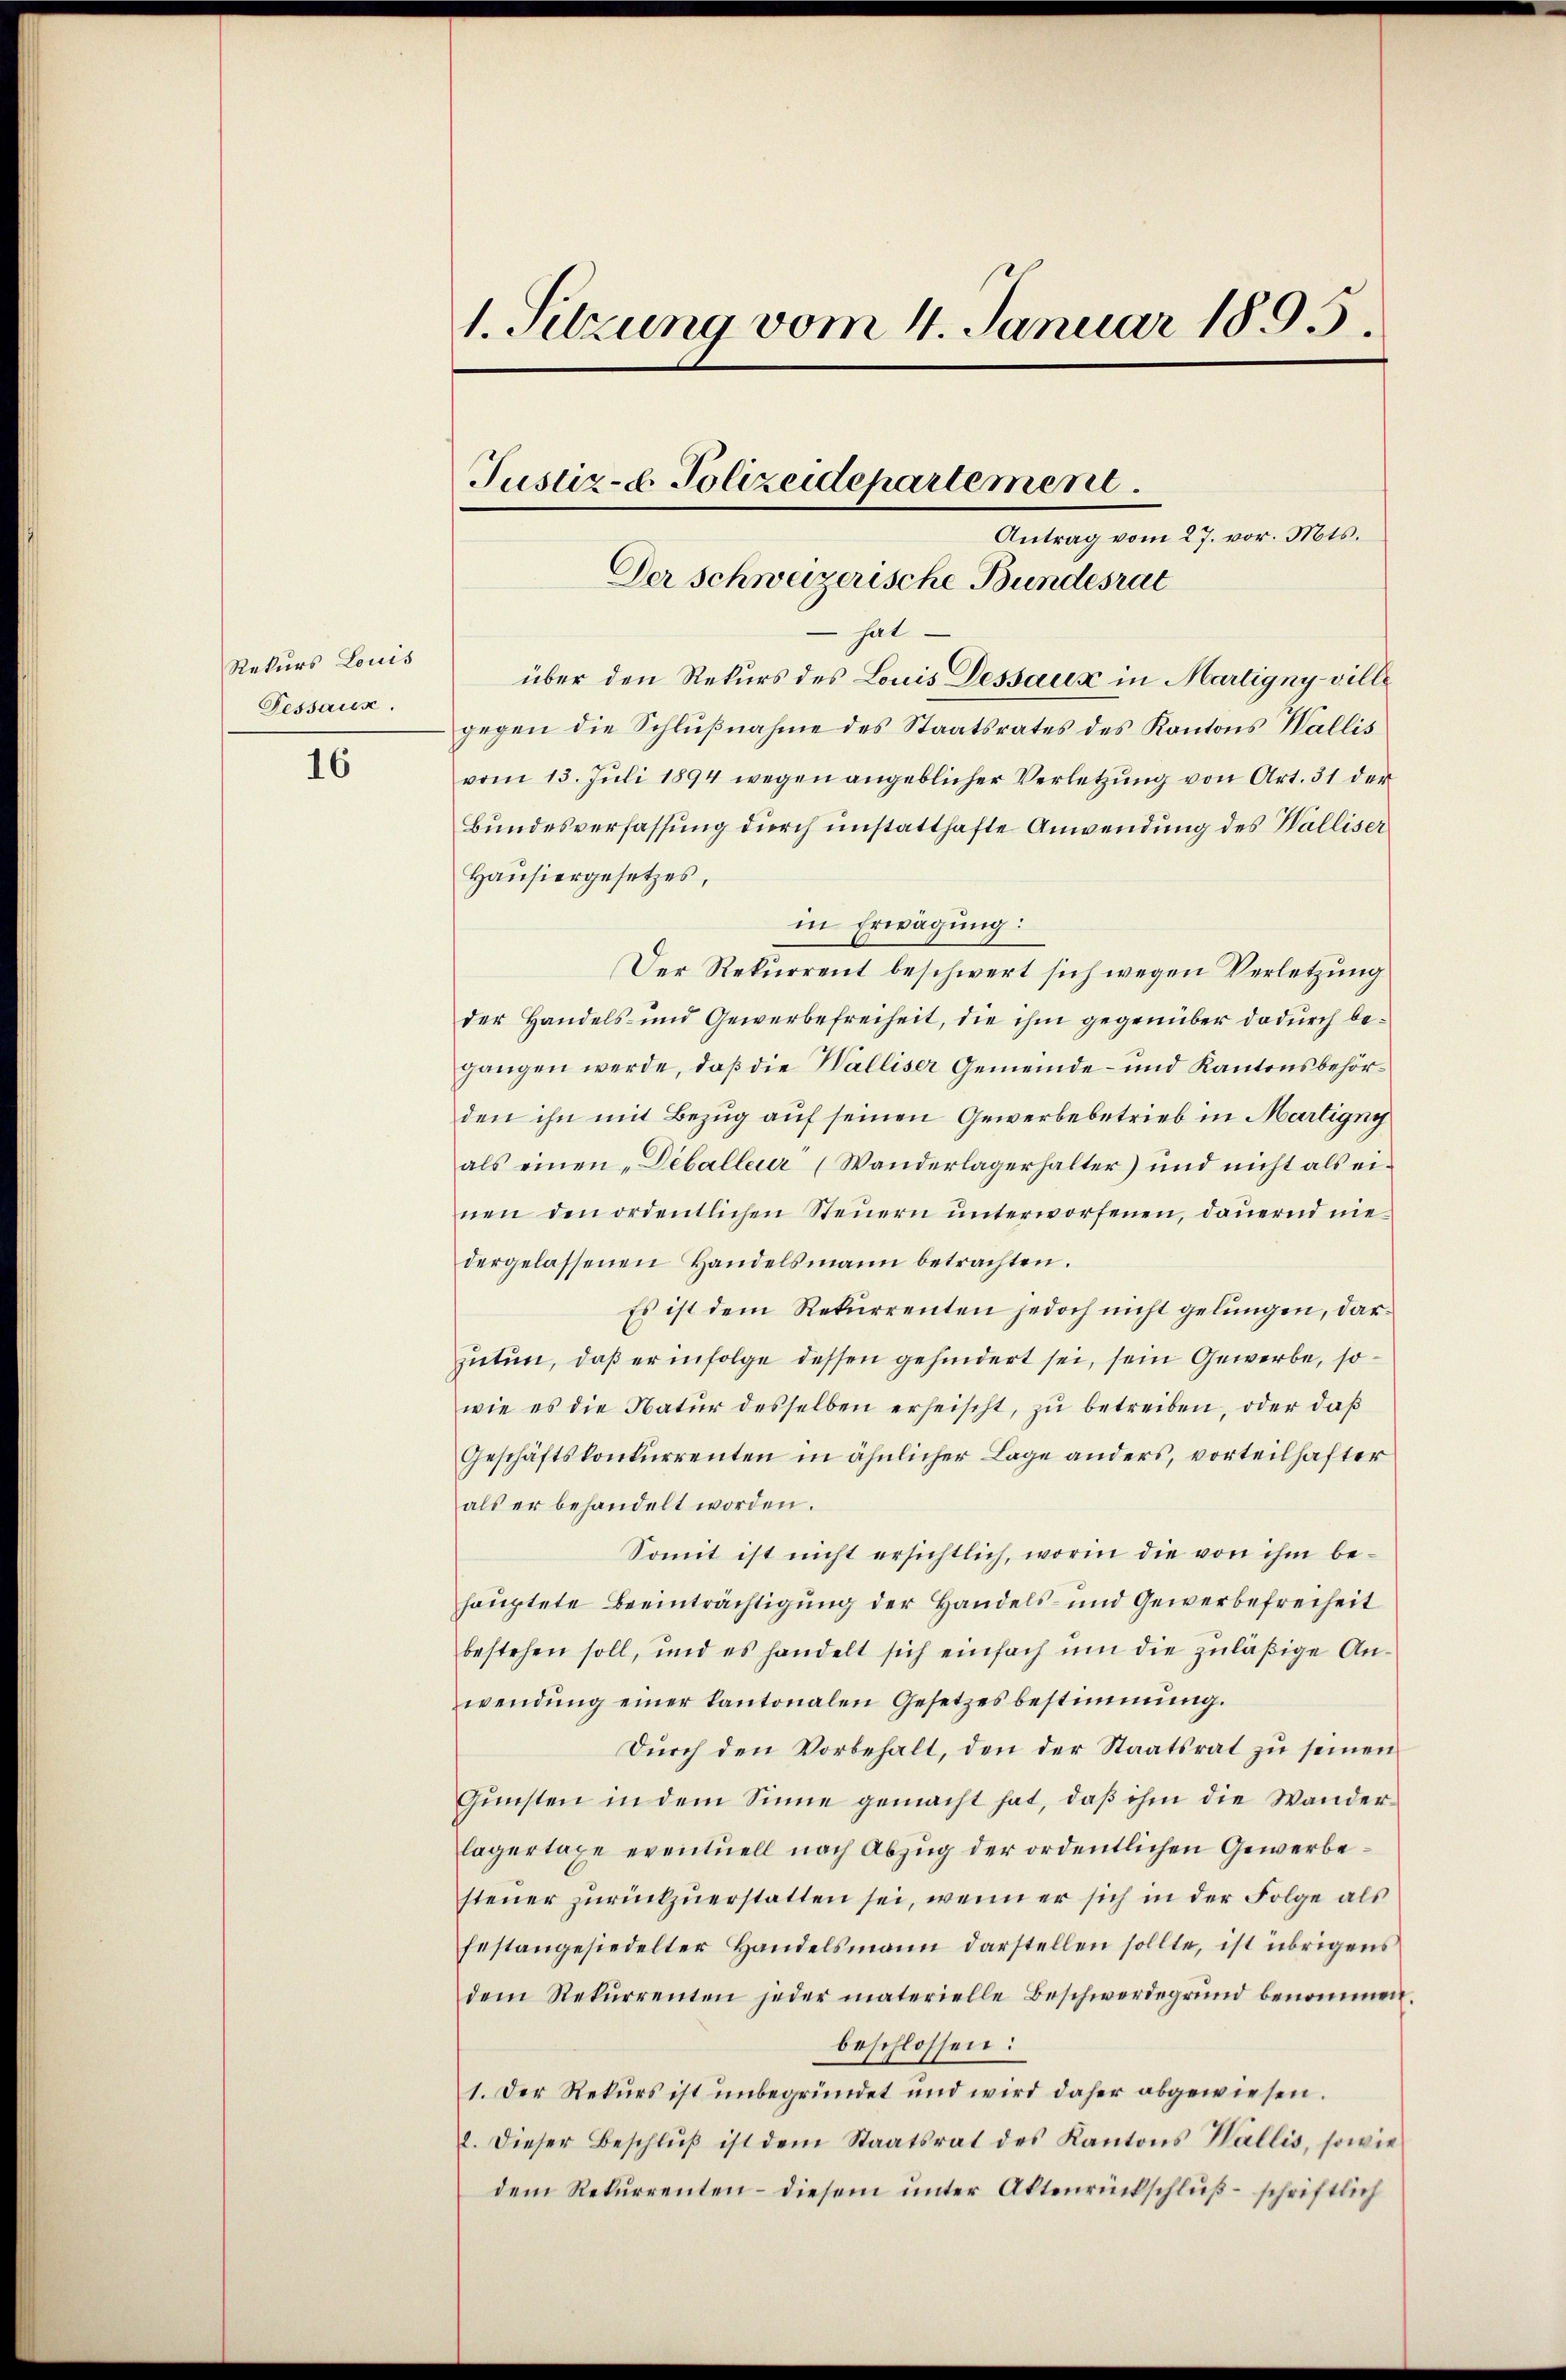
Rekurs Louis
Fessaux.

16

1. Sitzung vom 4. Januar 1895.
Justiz- & Polizeidepartement
Antrag vom 27. vor. Mts.
Der schweizerische Bundesrat

hat.
über den Rekurs des Louis Dessaux in Martigny-ville
gegen die Schlŭβnahme des Staatsrates des Kantons Wallis
vom 13. Jŭli 1894 wegen angeblicher Verletzŭng von Art. 31 der
Bundesverfassung durch unstatthafte Anwendung des Walliser
Hausiergesetzes,
in Erwägung:
Der Rekurrent beschwert sich wegen Verletzung
der Handels- und Gewerbefreiheit, die ihm gegenüber dadurch begangen werde, daß die Walliser Gemeinde- und Kantonsbehörden ihn mit Bezug auf seinen Gewerbebetrieb in Martigny
als einen „Déballeur (Wanderlagerhalter und nicht als ei-
nen den ordentlichen Steuern unterworfenen, dauernd niedergelassenen Handelsmann betrachten.
Es ist dem Rekurrenten jedoch nicht gelungen, daszutun, daß er infolge dessen gehindert sei, sein Gewerbe, sowie es die Natur desselben erheischt, zu betreiben, oder daß
Geschäftskonkurrenten in ähnlicher Lage anders, vorteilhafter
als er behandelt worden.
Somit ist nicht ersichtlich, worin die von ihm behauptete Beeinträchtigung der Handels- und Gewerbefreiheit
bestehen soll, und es handelt sich einfach ŭm die zŭläβige An-
wendŭng einer kantonalen Gesetzesbestimmung.
Durch den Vorbehalt, den der Staatsrat zu seinen
Gunsten in dem Sinne gemacht hat, daß ihm die Wanderlagertage eventuell nach Abzug der ordentlichen Gewerbesteuer zurückzuerstatten sei, wenn er sich in der Folge als
festangesiedelter Handelsmann darstellen sollte, ist übrigens
dem Rekurrenten jeder materielle Beschwerdegrund benommen.
beschlossen:
1. Der Rekurs ist unbegründet und wird daher abgewiesen.
l. dieser Beschlŭβ ist dem Staatsrat des Kantons Wallis, sowie
dem Rekurrenten – diesem unter Aktenrückschluß – schriftlich